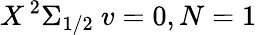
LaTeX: X\, ^{2}\Sigma_{1/2}\ v=0,N=1